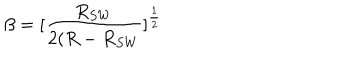
LaTeX: \beta = [ \frac { R _ { S W } } { 2 ( R - R _ { S W } } ] ^ { \frac { 1 } { 2 } }